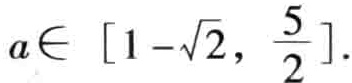
\(a\in \ [1 - \sqrt{2},\ \frac{5}{2}]\)